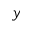
y